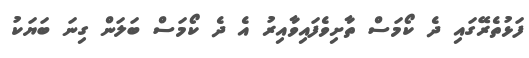
ފަޅުތެރޭގައި ދެ ކޯމަސް ތާށިވެފައިވާއިރު އެ ދެ ކޯމަސް ބަލަން ގިނަ ބަޔަކު